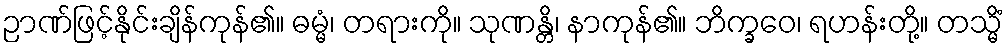
ဉာဏ်ဖြင့်နိုင်းချိန်ကုန်၏။ ဓမ္မံ၊ တရားကို။ သုဏန္တိ၊ နာကုန်၏။ ဘိက္ခဝေ၊ ရဟန်းတို့။ တသ္မိံ